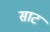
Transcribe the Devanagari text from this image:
साट